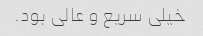
خیلی سریع و عالی بود.